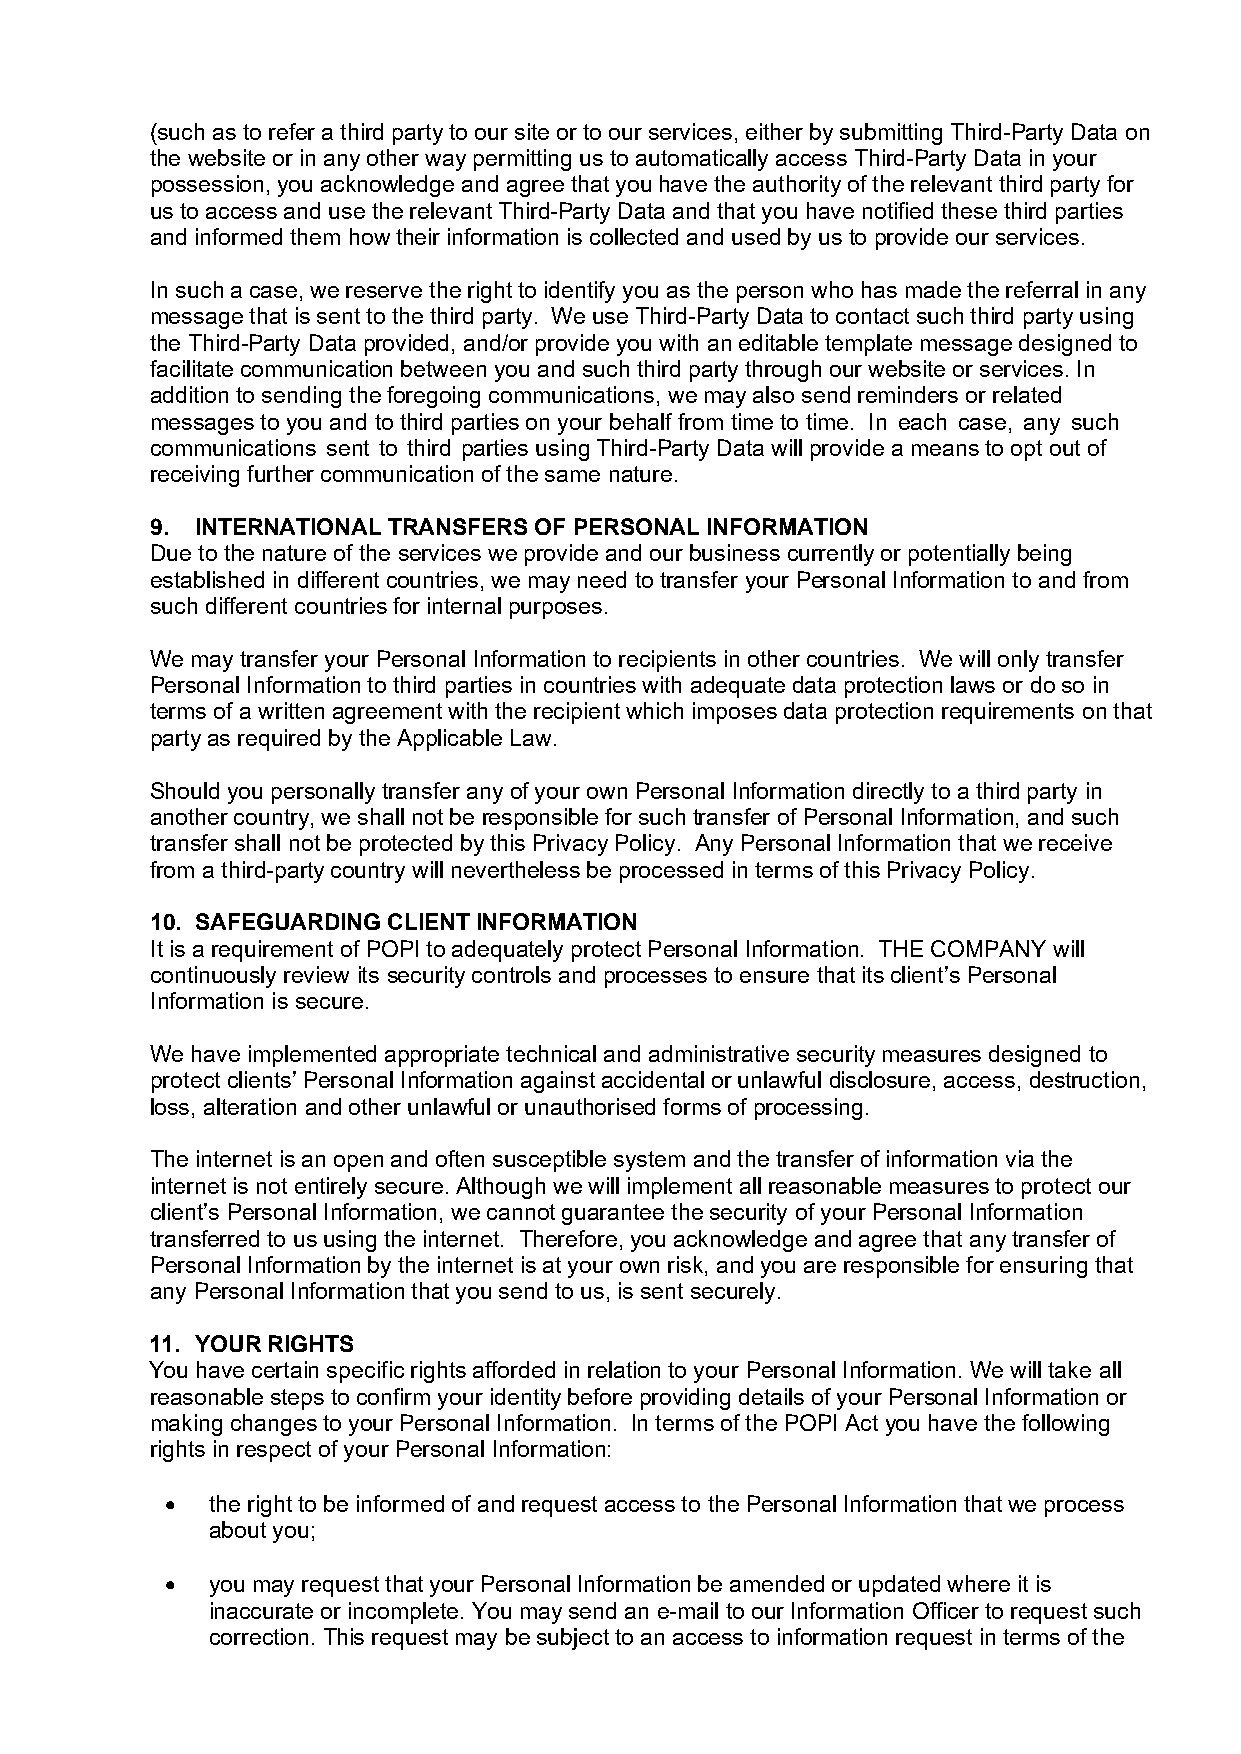
(such as to refer a third party to our site or to our services, either by submitting Third-Party Data on
 the website or in any other way permitting us to automatically access Third-Party Data in your
 possession, you acknowledge and agree that you have the authority of the relevant third party for
 us to access and use the relevant Third-Party Data and that you have notified these third parties
 and informed them how their information is collected and used by us to provide our services.
 In such a case, we reserve the right to identify you as the person who has made the referral in any
 message that is sent to the third party. We use Third-Party Data to contact such third party using
 the Third-Party Data provided, and/or provide you with an editable template message designed to
 facilitate communication between you and such third party through our website or services. In
 addition to sending the foregoing communications, we may also send reminders or related
 messages to you and to third parties on your behalf from time to time. In each case, any such
 communications sent to third parties using Third-Party Data will provide a means to opt out of
 receiving further communication of the same nature.
 9. INTERNATIONAL TRANSFERS OF PERSONAL INFORMATION
 Due to the nature of the services we provide and our business currently or potentially being
 established in different countries, we may need to transfer your Personal Information to and from
 such different countries for internal purposes.
 We may transfer your Personal Information to recipients in other countries. We will only transfer
 Personal Information to third parties in countries with adequate data protection laws or do so in
 terms of a written agreement with the recipient which imposes data protection requirements on that
 party as required by the Applicable Law.
 Should you personally transfer any of your own Personal Information directly to a third party in
 another country, we shall not be responsible for such transfer of Personal Information, and such
 transfer shall not be protected by this Privacy Policy. Any Personal Information that we receive
 from a third-party country will nevertheless be processed in terms of this Privacy Policy.
 10. SAFEGUARDING CLIENT INFORMATION
 It is a requirement of POPI to adequately protect Personal Information. THE COMPANY will
 continuously review its security controls and processes to ensure that its client’s Personal
 Information is secure.
 We have implemented appropriate technical and administrative security measures designed to
 protect clients’ Personal Information against accidental or unlawful disclosure, access, destruction,
 loss, alteration and other unlawful or unauthorised forms of processing.
 The internet is an open and often susceptible system and the transfer of information via the
 internet is not entirely secure. Although we will implement all reasonable measures to protect our
 client’s Personal Information, we cannot guarantee the security of your Personal Information
 transferred to us using the internet. Therefore, you acknowledge and agree that any transfer of
 Personal Information by the internet is at your own risk, and you are responsible for ensuring that
 any Personal Information that you send to us, is sent securely.
 11. YOUR RIGHTS
 You have certain specific rights afforded in relation to your Personal Information. We will take all
 reasonable steps to confirm your identity before providing details of your Personal Information or
 making changes to your Personal Information. In terms of the POPI Act you have the following
 rights in respect of your Personal Information:
   the right to be informed of and request access to the Personal Information that we process
 about you;
   you may request that your Personal Information be amended or updated where it is
 inaccurate or incomplete. You may send an e-mail to our Information Officer to request such
 correction. This request may be subject to an access to information request in terms of the